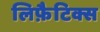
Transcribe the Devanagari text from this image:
लिफ़ैटिक्स